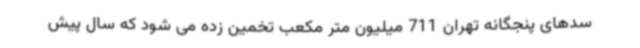
سدهای پنجگانه تهران 711 میلیون متر مکعب تخمین زده می شود که سال پیش